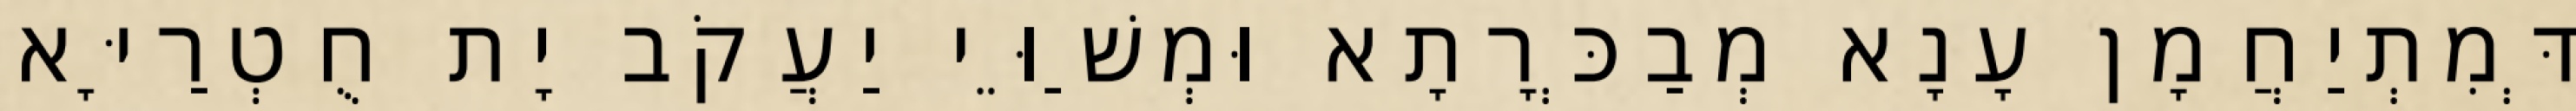
דְּמִתְיַחֲמָן עָנָא מְבַכְּרָתָא וּמְשַׁוֵּי יַעֲקֹב יָת חֻטְרַיָּא